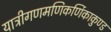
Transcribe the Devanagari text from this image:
यात्रीगणमणिकर्णिकाकुण्ड